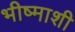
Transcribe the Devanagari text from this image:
भीष्माशी